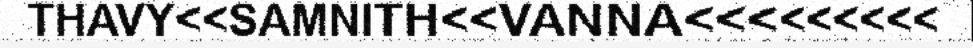
THAVY<<SAMNITH<<VANNA<<<<<<<<<